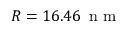
R = 1 6 . 4 6 \, \textrm { n m }